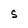
Character: s